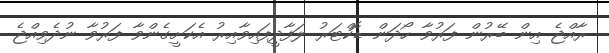
ރާއްޖެ އިން ބޭރުން ފަރުވާ ހޯދަން ޑޮކްޓަރު ލަފާދީފައިވާއިރު އެކަށީގެންވާ ފަރުވާ ނުދެވިއްޖެ